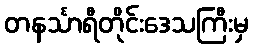
တနင်္သာရီတိုင်းဒေသကြီးမှ